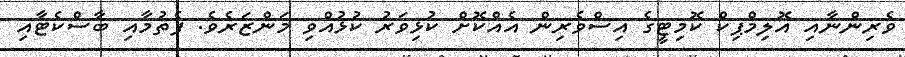
ވެރިންނާއި އޮލިމްޕިކް ކޮމިޓީގެ އިސްވެރިން އެއްކޮށް ކުޅިވަރު ކުޅުއްވި މަންޒަރެވެ. ފެތުމާއި ބާސްކެޓާއި